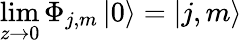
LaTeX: \operatorname*{lim}_{z\rightarrow 0}\Phi_{j,m}\left|0\right\rangle=\left|j,m\right\rangle